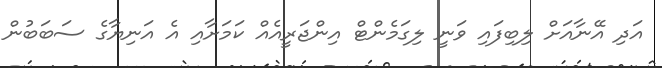
އަދި އޭނާއަށް ލިބިފައި ވަނީ ލިގަމެންޓް އިންޖަރީއެއް ކަމަށާއި އެ އަނިޔާގެ ސަބަބުން